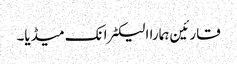
قارئین ہمارا الیکٹرانک میڈیا۔